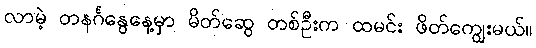
လာမဲ့ တနင်္ဂနွေနေ့မှာ မိတ်ဆွေ တစ်ဦးက ထမင်း ဖိတ်ကျွေးမယ်။